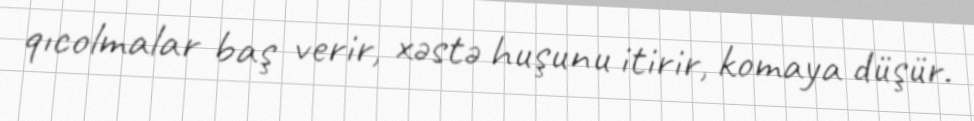
qıcolmalar baş verir, xəstə huşunu itirir, komaya düşür.